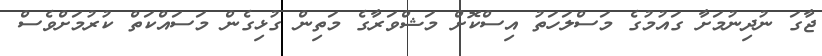
ޖާގަ ނުދިނުމަށާ ގައުމުގެ މަސްލަހަތު އިސްކޮށް މަޝްވަރާގެ މަތިން ގުޅިގެން މަސައްކަތް ކުރުމަށްވެސް